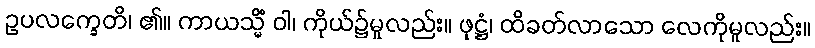
ဥပလက္ခေတိ၊ ၏။ ကာယသ္မိံ ဝါ၊ ကိုယ်၌မူလည်း။ ဖုဋ္ဌံ၊ ထိခတ်လာသော လေကိုမူလည်း။